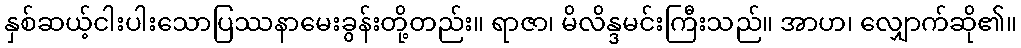
နှစ်ဆယ့်ငါးပါးသောပြဿနာမေးခွန်းတို့တည်း။ ရာဇာ၊ မိလိန္ဒမင်းကြီးသည်။ အာဟ၊ လျှောက်ဆို၏။